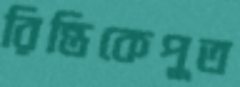
রিন্তিকেপুত